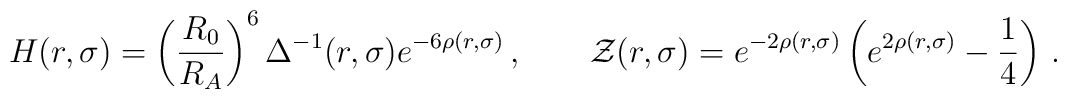
H(r,\sigma)=\left(\frac{R_0}{R_A}\right)^6\Delta^{-1}(r,\sigma)e^{-6\rho(r,\sigma)}\,,\qquad   \mathcal{Z}(r,\sigma)=e^{-2\rho(r,\sigma)}\left(e^{2\rho(r,\sigma)}-\frac{1}{4}\right)\,.